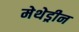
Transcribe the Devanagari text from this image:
मेथेड्रीन